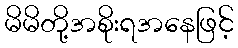
မိမိတို့အစိုးရအနေဖြင့်